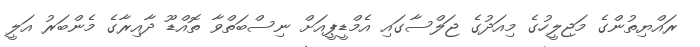
ރައްޔިތުންގެ މަޖިލީހުގެ މިއަދުގެ ޖަލްސާގައި އެމްޑީޕީއަށް ނިސްބަތްވާ ތޮއްޑޫ ދާއިރާގެ މެންބަރު އަލީ